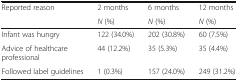
| <ROWSPAN=2> Reported reason | 2 months | 6 months | 12 months |
 | N (%) | N (%) | N (%) |
 | --- | --- | --- | --- |
 | Infant was hungry | 122 (34.0%) | 202 (30.8%) | 60 (7.5%) |
 | Advice of healthcare professional | 44 (12.2%) | 35 (5.3%) | 35 (4.4%) |
 | Followed label guidelines | 1 (0.3%) | 157 (24.0%) | 249 (31.2%) |